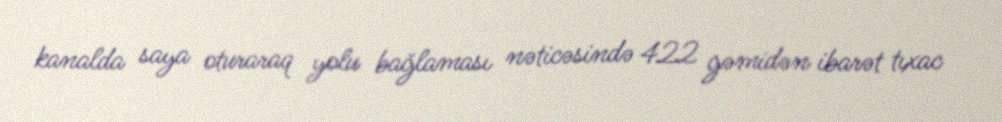
kanalda saya oturaraq yolu bağlaması nəticəsində 422 gəmidən ibarət tıxac